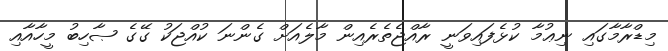
މިޑްރާމާގައި ނިޢުމާ ކުޅެފައިވަނީ ރާއްޖެތެރެއިން މާލެއަށް ގެންނަ ކުއްޖަކު ގޭގެ ޞާހިބު މީހާއާއި